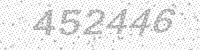
Solution: 452446